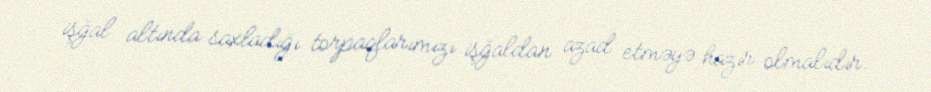
işğal altında saxladığı torpaqlarımızı işğaldan azad etməyə hazır olmalıdır.